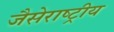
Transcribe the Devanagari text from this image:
जैसेराष्ट्रीय